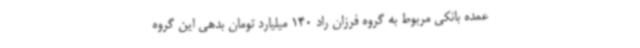
عمده بانکی مربوط به گروه فرزان راد 140 میلیارد تومان بدهی این گروه